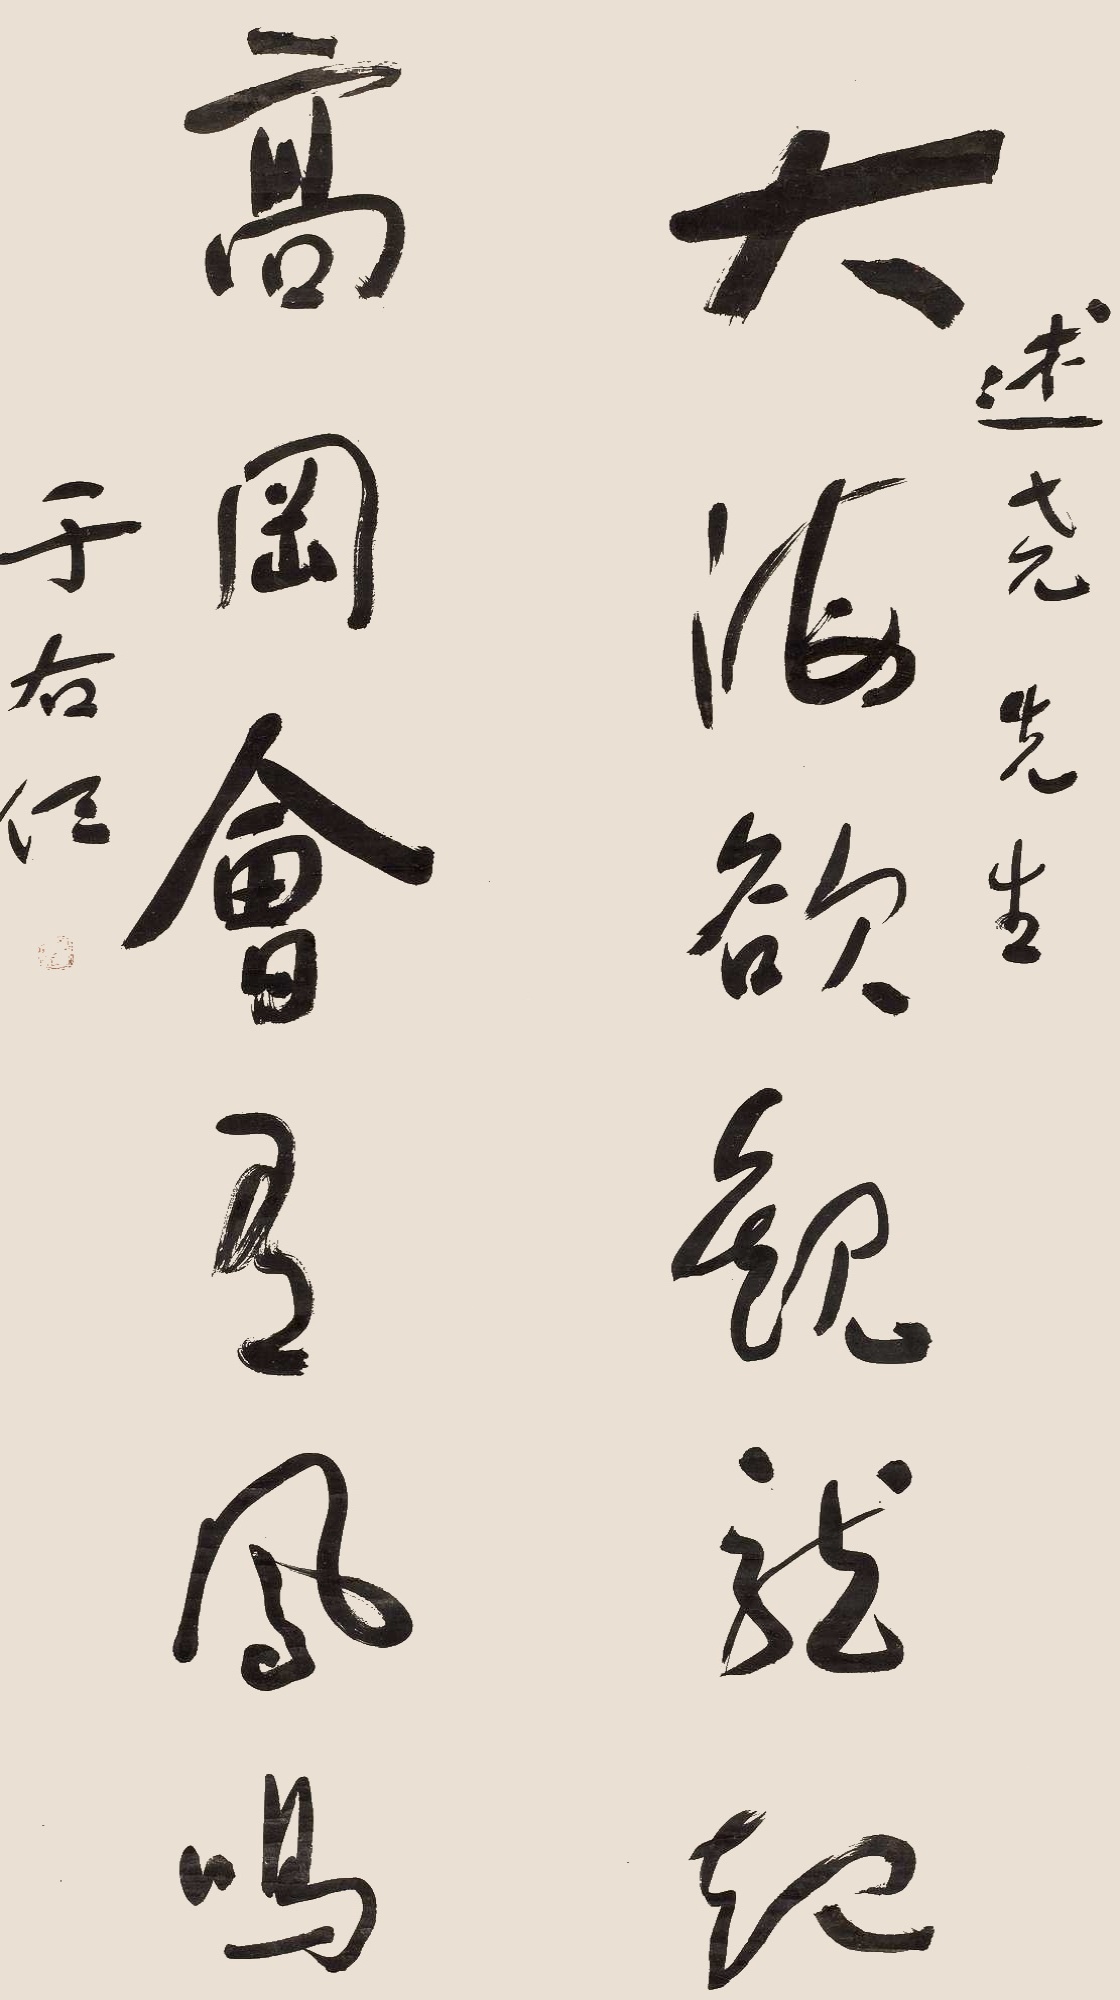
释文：大海欲观龙起，高冈会有凤鸣。述尧先生，于右任。